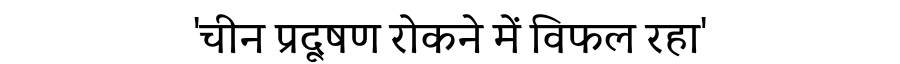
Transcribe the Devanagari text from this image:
'चीन प्रदूषण रोकने में विफल रहा'